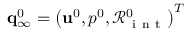
{ \bf q } _ { \infty } ^ { 0 } = \left( { \bf u } ^ { 0 } , p ^ { 0 } , \mathcal { R } _ { \mathrm { ~ i ~ n ~ t ~ } } ^ { 0 } \right) ^ { T }